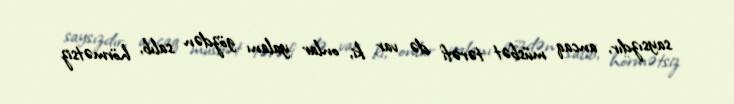
saysızdır, ancaq müsbət tərəfi də var ki, onlar yalanı gözdən salıb, hörmətsiz